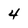
Character: 4